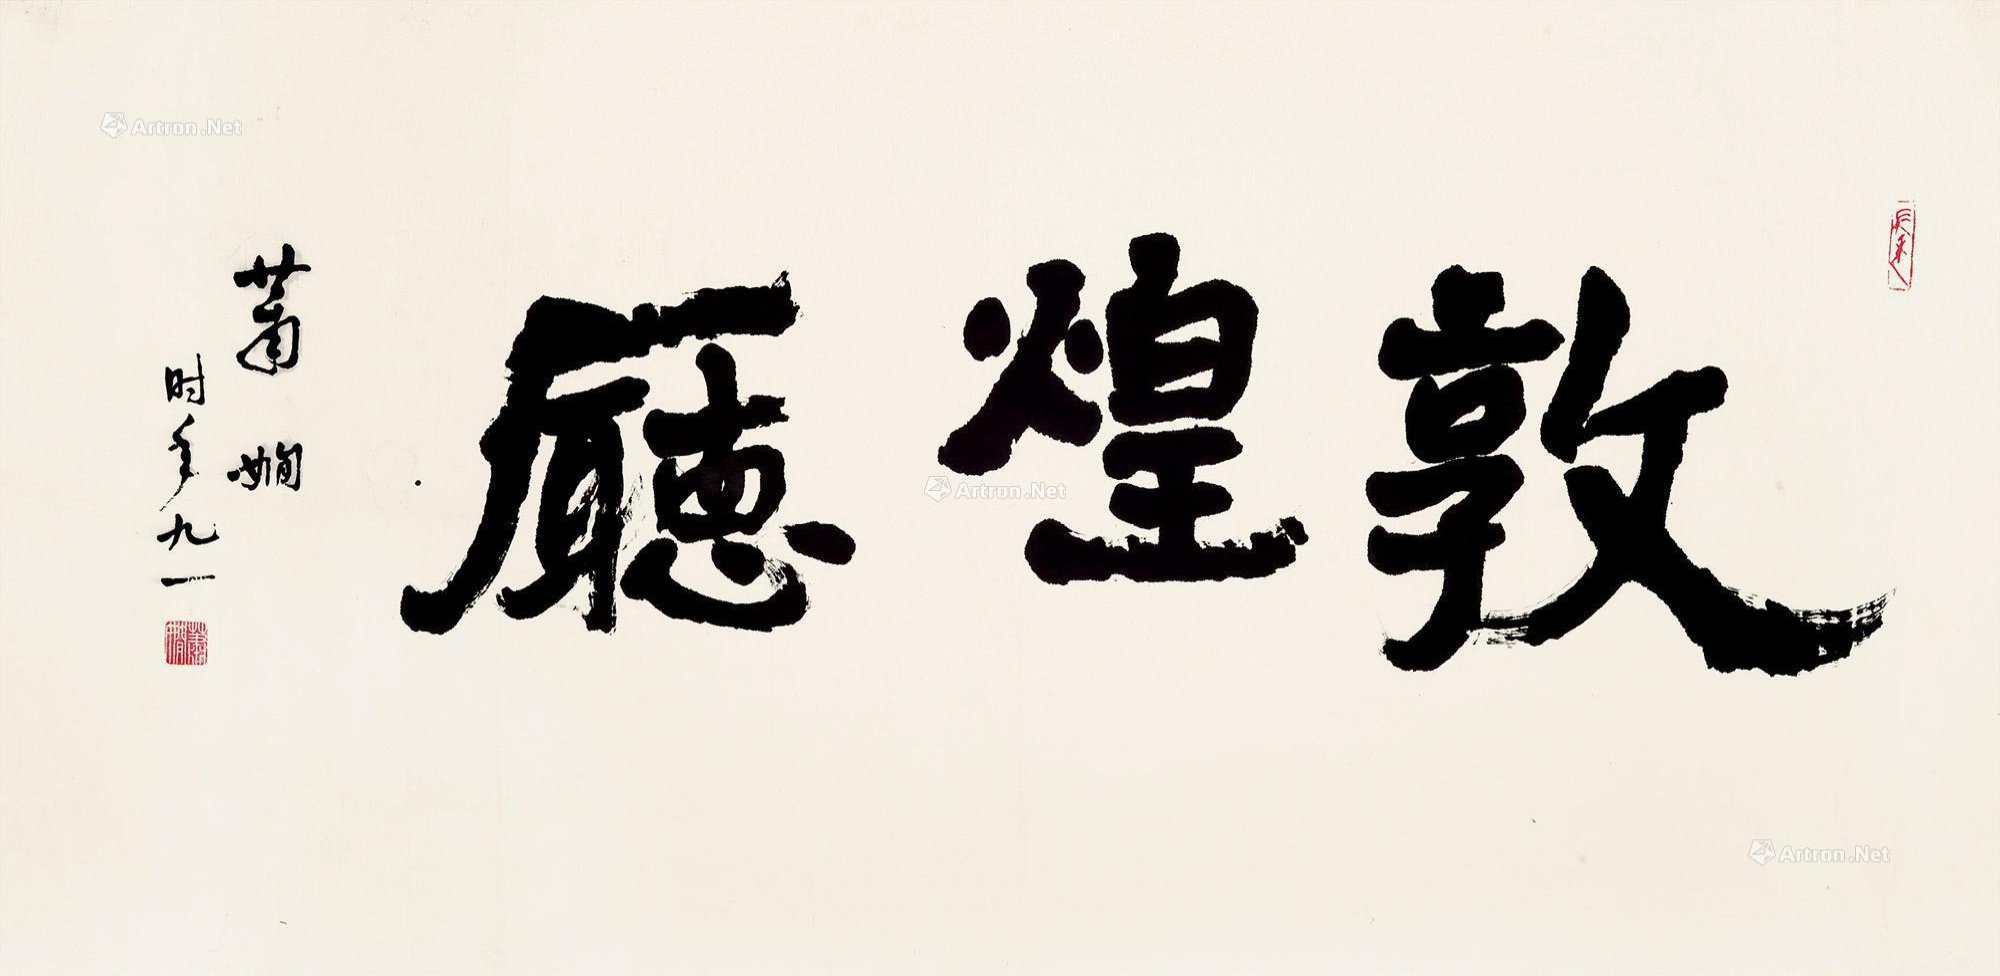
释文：敦煌厅萧娴时年九一。